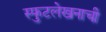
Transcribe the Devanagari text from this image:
स्फुटलेखनाची